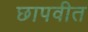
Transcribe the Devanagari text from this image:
छापवीत